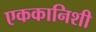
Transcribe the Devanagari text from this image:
एककानिशी